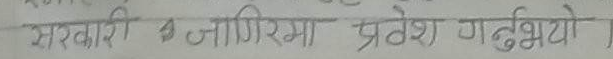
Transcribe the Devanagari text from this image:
सरकारी जागिरमा प्रवेश गर्थियो।